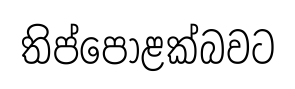
තිප්පොළක්බවට